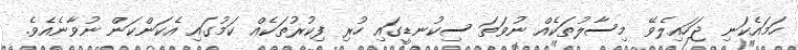
ހަމައެކަނި ޖަހައިލެވޭ މިސާލުތަކެއް ނުވަތަ ސިކުނޑީގައި ހުރި ފިކުރުތަކެއް ކަމުގައި އެކަންކަން ނުވާނެއެވެ.